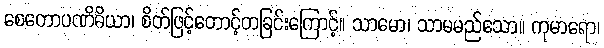
စေတောပဏိဓိယာ၊ စိတ်ဖြင့်တောင့်တခြင်းကြောင့်။ သာမော၊ သာမမည်သော။ ကုမာရော၊